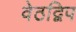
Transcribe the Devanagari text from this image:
वेठद्विप